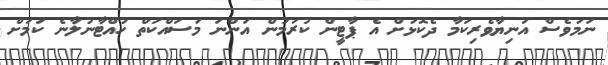
ނަމަވެސް އަނިޔާވެރިކަމާ ދެކޮޅަށް އެ ޕާޓީން ކުރަމުން އަންނަ މަސައްކަތް ހުއްޓާނުލާނެ ކަމަށް